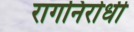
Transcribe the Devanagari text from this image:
रागनिरोधी